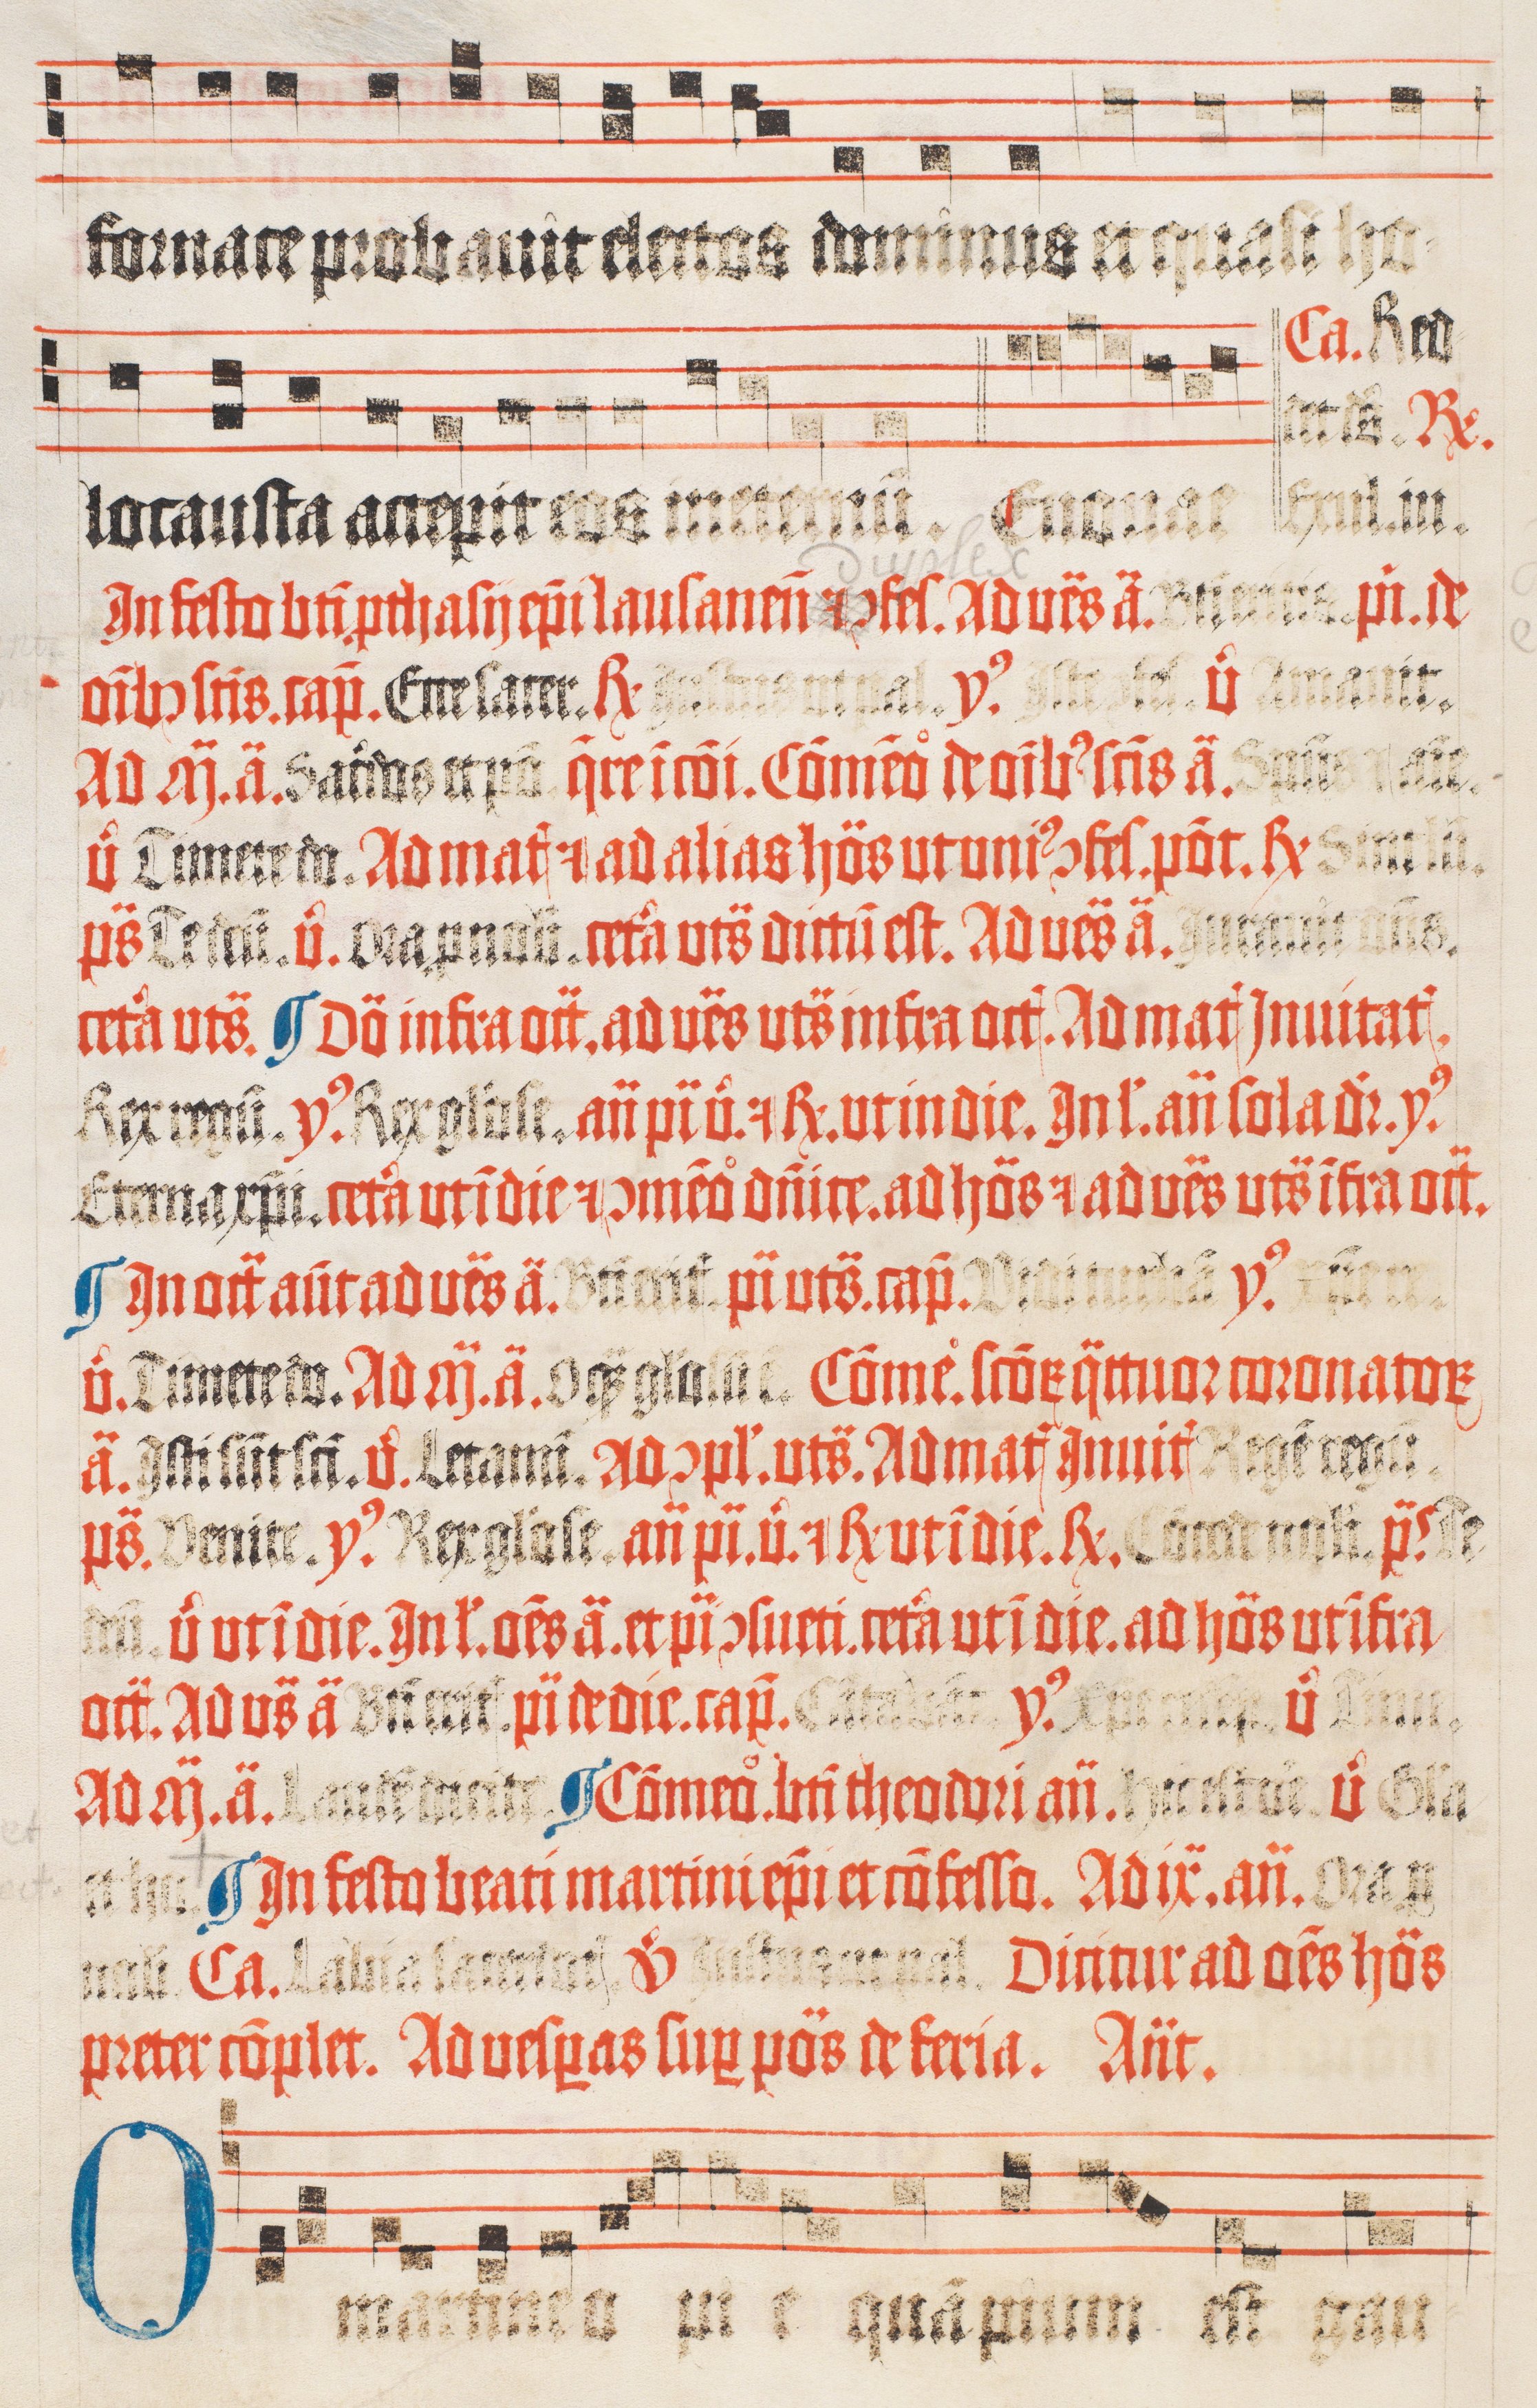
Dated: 1510–1517